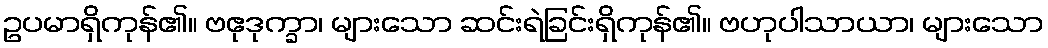
ဥပမာရှိကုန်၏။ ဗဧုဒုက္ခာ၊ များသော ဆင်းရဲခြင်းရှိကုန်၏။ ဗဟုပါသာယာ၊ များသော